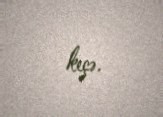
keçə.